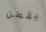
يقطن